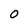
Character: 0